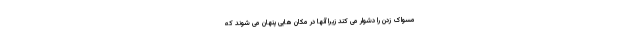
مسواک زدن را دشوار می کند زیرا آنها در مکان هایی پنهان می شوند که